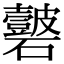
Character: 𥗣